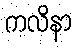
ကလိနာ